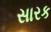
સારક